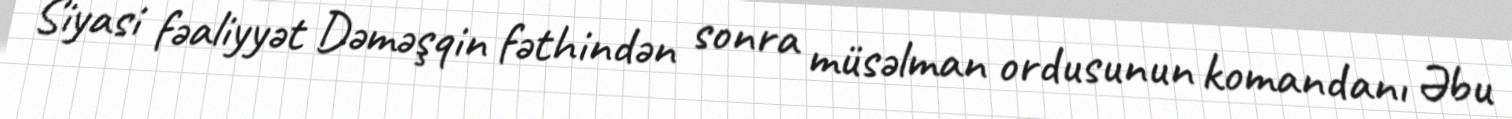
Siyasi fəaliyyət Dəməşqin fəthindən sonra müsəlman ordusunun komandanı Əbu